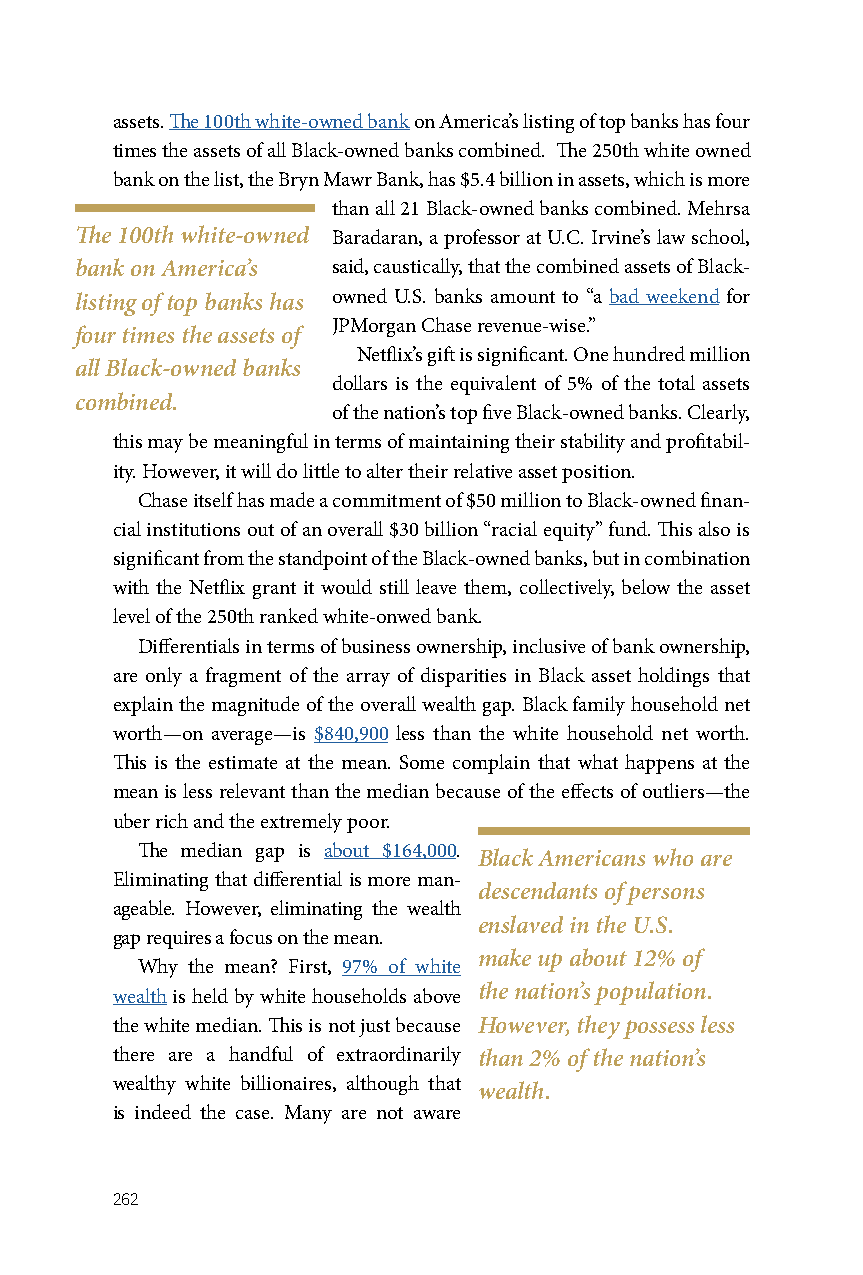
assets. The 100th white-owned bank on America’s listing of top banks has four
 times the assets of all Black-owned banks combined. The 250th white owned
 bank on the list, the Bryn Mawr Bank, has $5.4 billion in assets, which is more
 than all 21 Black-owned banks combined. Mehrsa
 The 100th white-owned Baradaran, a professor at U.C. Irvine’s law school,
 bank on America’s said, caustically, that the combined assets of Black-
 listing of top banks has owned U.S. banks amount to “a bad weekend for
 JPMorgan Chase revenue-wise.”
 four times the assets of
 Netflix’s gift is significant. One hundred million
 all Black-owned banks
 dollars is the equivalent of 5% of the total assets
 combined.
 of the nation’s top five Black-owned banks. Clearly,
 this may be meaningful in terms of maintaining their stability and profitabil-
 ity. However, it will do little to alter their relative asset position.
 Chase itself has made a commitment of $50 million to Black-owned finan-
 cial institutions out of an overall $30 billion “racial equity” fund. This also is
 significant from the standpoint of the Black-owned banks, but in combination
 with the Netflix grant it would still leave them, collectively, below the asset
 level of the 250th ranked white-onwed bank.
 Differentials in terms of business ownership, inclusive of bank ownership,
 are only a fragment of the array of disparities in Black asset holdings that
 explain the magnitude of the overall wealth gap. Black family household net
 worth—on average—is $840,900 less than the white household net worth.
 This is the estimate at the mean. Some complain that what happens at the
 mean is less relevant than the median because of the effects of outliers—the
 uber rich and the extremely poor.
 The median gap is about $164,000.
 Black Americans who are
 Eliminating that differential is more man-
 descendants of persons
 ageable. However, eliminating the wealth
 enslaved in the U.S.
 gap requires a focus on the mean.
 make up about 12% of
 Why the mean? First, 97% of white
 wealth is held by white households above the nation’s population.
 the white median. This is not just because However, they possess less
 there are a handful of extraordinarily than 2% of the nation’s
 wealthy white billionaires, although that
 wealth.
 is indeed the case. Many are not aware
 262